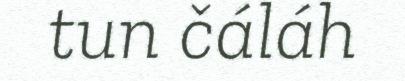
tun čáláh